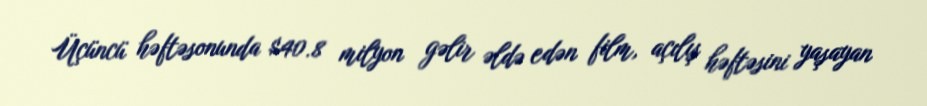
Üçüncü həftəsonunda $40.8 milyon gəlir əldə edən film, açılış həftəsini yaşayan